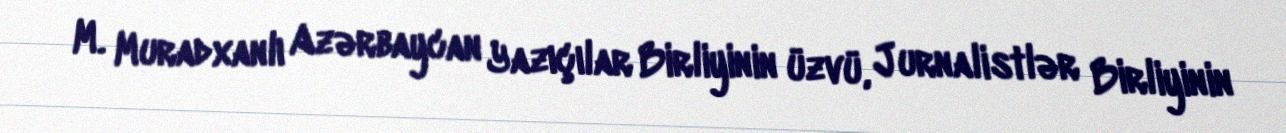
M. Muradxanlı Azərbaycan Yazıçılar Birliyinin üzvü, Jurnalistlər Birliyinin